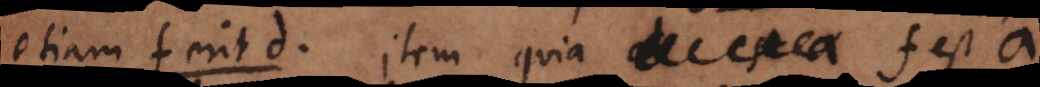
etiam f erit d. Item quia f est a